Lunatic asylums Bombay report 1891-1903 - 1891-1903
Year: 1891
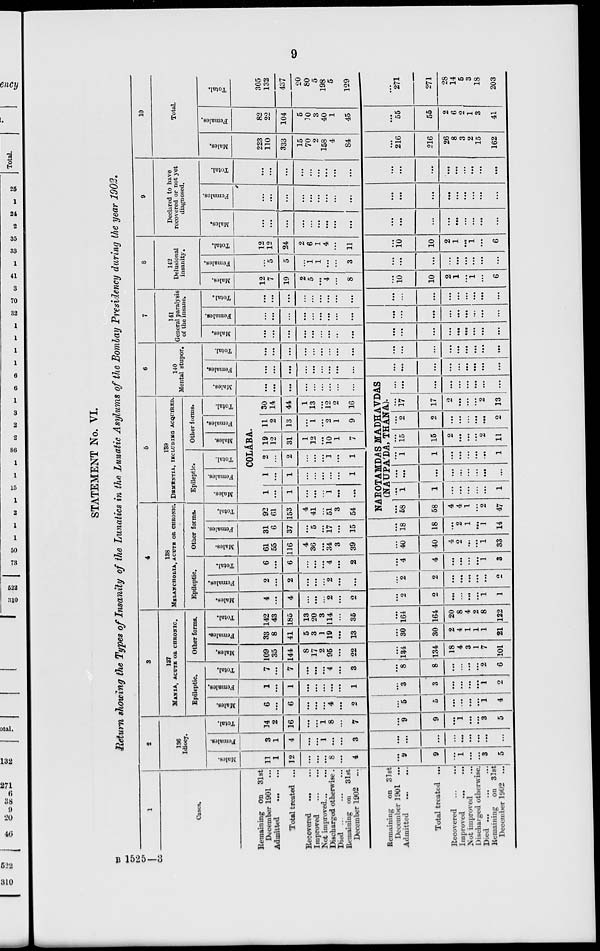
9
STATEMENT No. VI.
Return showing the Types of Insanity of the Lunatics in the Lunatic Asylums of the Bombay Presidency daring the year 1902.
1
Cases.
Remaining on 31st
December 1901 ...
Admitted
...
...
Total treated ...
Recovered
...
...
Improved
...
...
Not improved ... ...
Discharged otherwise.
Died
...
...
...
Remaining on 31st
December 1902 ...
Remaining on 31st
December 1901 ...
Admitted
...
...
Total treated ...
Recovered
...
...
Improved
...
...
Not improved ...
Discharged otherwise.
Died
...
...
...
Remaining on 31st
December 1902 ...
2
136
Idiocy.
Males.
11
1
12
...
...
...
8
...
4
...
9
9
...
1
...
...
3
5
Females.
3
1
4
...
...
1
...
...
3
...
...
...
...
...
...
...
...
...
Total.
14
2
16
...
...
1
8
...
7
...
9
9
...
1
...
...
3
5
3
137
MANIA, ACUTE OR CHRONIC.
Epileptic.
Males.
6
...
6
...
...
...
4
...
2
...
5
5
...
...
...
...
1
4
Females.
1
...
1
...
...
...
...
...
1
...
3
3
...
...
...
...
1
2
Total.
7
...
7
...
...
...
4
...
3
...
8
8
...
...
...
...
2
6
Other forms.
Males.
109
35
144
8
17
2
95
...
22
...
134
134
18
4
3
1
7
101
Females.
33
8
41
5
3
1
19
...
13
...
30
30
2
4
1
1
1
21
Total.
142
43
185
13
20
3
114
...
35
...
164
164
20
8
4
2
8
122
4
138
MELAHCHOLIA, ACUTE OR CHRONIC.
Epileptic.
Males.
4
...
4
...
...
...
2
...
2
...
2
2
...
...
...
...
1
1
Females.
2
...
2
...
...
...
2
...
...
...
2
2
...
...
...
...
...
2
Total.
6
...
6
...
...
...
4
...
2
...
4
4
...
...
...
...
1
3
Other forms.
Males.
61
55
116
4
36
...
34
3
39
...
40
40
4
2
...
...
1
33
Females.
31
6
37
...
5
...
17
...
15
...
18
18
...
2
1
...
1
14
Total.
92
61
153
4
41
...
51
3
54
5
139
DEMETIA, INCLUDING ACQUIRED.
Epileptic.
Males.
Females.
Total.
Other forms.
Males.
Females.
Total.
COLÁBA.
1
...
1
...
...
...
1
...
...
1
...
1
...
...
...
...
...
1
2
...
2
...
...
...
1
...
1
19
12
31
1
12
...
10
1
7
11
2
13
...
1
...
2
1
9
30
14
44
1
13
...
12
2
16
6
140
Mental stupor.
Males.
...
...
...
...
...
...
...
...
...
NAROTAMDAS MADHAVDAS
(NAUPA'DA THÁNA).
...
58
58
4
4
1
...
2
47
...
1
1
...
...
...
...
...
1
...
...
...
...
...
...
...
...
...
...
1
1
...
...
...
...
...
1
...
15
15
2
...
...
...
2
11
...
2
2
...
...
...
...
...
2
...
17
17
2
...
...
...
2
13
...
...
...
...
...
...
...
...
...
Females.
...
...
...
...
...
...
...
...
...
...
...
...
...
...
...
...
...
...
Total.
...
...
...
...
...
...
...
...
...
...
...
...
...
...
...
...
...
...
7
141
General paralysis
of the insane.
Males.
...
...
...
...
...
...
...
...
...
...
...
...
...
...
...
...
...
...
Females.
...
...
...
...
...
...
...
...
...
...
...
...
...
...
...
...
...
...
Total.
...
...
...
...
...
...
...
...
...
...
...
...
...
...
...
...
...
...
8
142
Delusional
insanity.
Males.
12
7
19
2
5
...
4
...
8
...
10
10
2
1
...
1
...
6
Females.
...
5
5
...
1
1
...
...
3
...
...
...
...
...
...
...
...
...
Total.
12
12
24
2
6
1
4
...
11
...
10
10
2
1
...
1
...
6
9
Declared to have
recovered or not yet
diagnosed.
Males.
...
...
...
...
...
...
...
...
...
...
...
...
...
...
...
...
...
...
Females.
...
...
...
...
...
...
...
...
...
...
...
...
...
...
...
...
...
...
Total.
...
...
...
...
...
...
...
...
...
...
...
...
...
...
...
...
...
...
10
Total.
Males.
223
110
333
15
70
2
158
4
84
...
216
216
26
8
3
2
15
162
Females.
82
22
104
5
10
3
40
1
45
...
55
55
2
6
2
1
3
41
Total.
305
132
437
20
80
5
198
5
129
...
271
271
28
14
5
3
18
203
B 1525—3